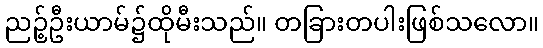
ညဉ့်ဦးယာမ်၌ထိုမီးသည်။ တခြားတပါးဖြစ်သလော။